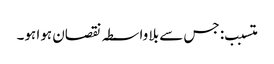
متسبب: جس سے بلا واسطہ نقصان ہوا ہو۔